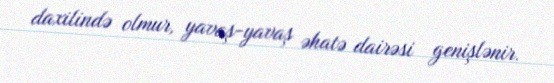
daxilində olmur, yavaş-yavaş əhatə dairəsi genişlənir.